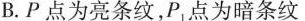
B.P点为亮条纹，P1点为暗条纹